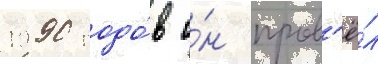
1990 годо́в о́н пров'ё́л